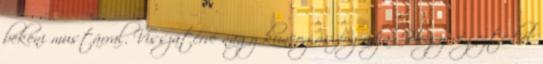
bekeni mustárral. Visszatérve nagy kuncogás fogadja. Hogy végezted el